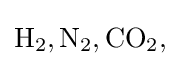
{\rm {H_{2},N_{2},CO_{2},}}